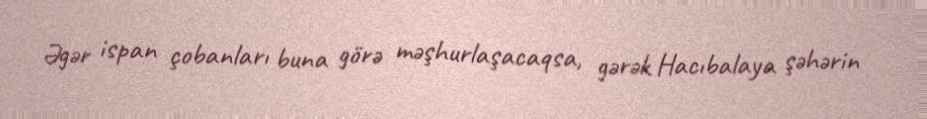
Əgər ispan çobanları buna görə məşhurlaşacaqsa, gərək Hacıbalaya şəhərin